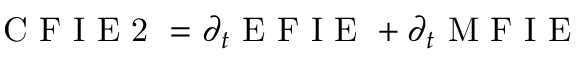
\mathrm { ~ C ~ F ~ I ~ E ~ 2 ~ } = \partial _ { t } \mathrm { ~ E ~ F ~ I ~ E ~ } + \partial _ { t } \mathrm { ~ M ~ F ~ I ~ E ~ }